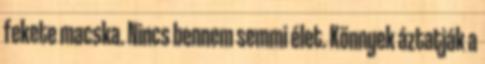
fekete macska. Nincs bennem semmi élet. Könnyek áztatják a